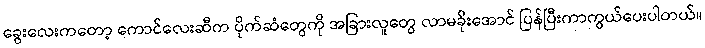
ခွေးလေးကတော့ ကောင်လေးဆီက ပိုက်ဆံတွေကို အခြားလူတွေ လာမခိုးအောင် ပြန်ပြီးကာကွယ်ပေးပါတယ်။